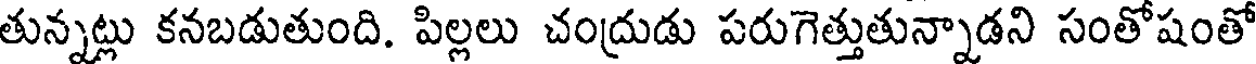
తున్నట్లు కనబడుతుంది. పిల్లలు చంద్రుడు పరుగెత్తుతున్నాడని సంతోషంతో